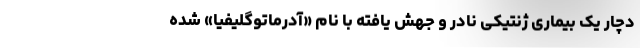
دچار یک بیماری ژنتیکی نادر و جهش یافته با نام «آدِرماتوگلیفیا» شده